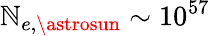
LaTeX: \mathbb{N}_{e,\astrosun}\sim10^{57}